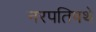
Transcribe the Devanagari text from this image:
नरपतिपथे